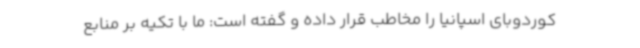
کوردوبای اسپانیا را مخاطب قرار داده و گفته است: ما با تکیه بر منابع